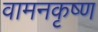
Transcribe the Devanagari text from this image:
वामनकृष्ण